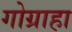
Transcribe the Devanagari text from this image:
गोग्राहा